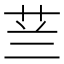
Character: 𮶟